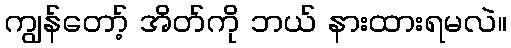
ကျွန်တော့် အိတ်ကို ဘယ် နားထားရမလဲ။